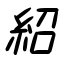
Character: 紹